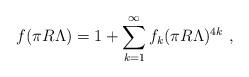
LaTeX: \begin{align*}f(\pi R\Lambda)= 1+ \sum_{k=1}^\infty f_k (\pi R\Lambda)^{4k}\ , \end{align*}